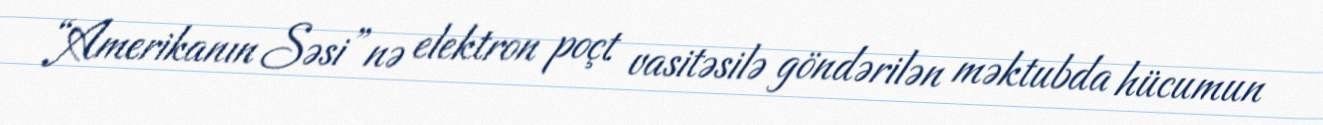
“Amerikanın Səsi”nə elektron poçt vasitəsilə göndərilən məktubda hücumun